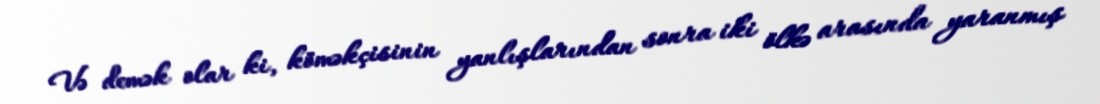
Və demək olar ki, köməkçisinin yanlışlarından sonra iki ölkə arasında yaranmış